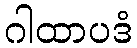
ဂါထာပဒံ